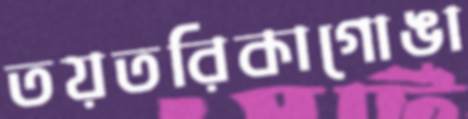
তয়তরিকাগোঙা